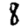
Digit: 8